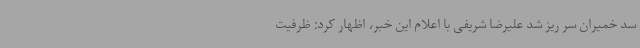
سد خمیران سر ریز شد علیرضا شریفی با اعلام این خبر، اظهار کرد: ظرفیت